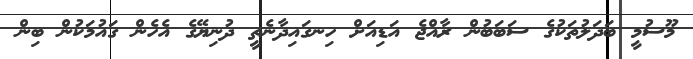
މޫސުމީ ބަދަލުތަކުގެ ސަބަބުން ރާއްޖެ އަޑިއަށް ހިނގައިދާނެތީ ދުނިޔޭގެ އެހެން ގައުމަކުން ބިން